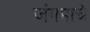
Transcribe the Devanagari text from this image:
जंगमाचे